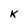
Character: k